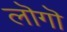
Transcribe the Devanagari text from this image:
लॊगॊ